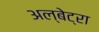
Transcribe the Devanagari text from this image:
अल्बेट्रा